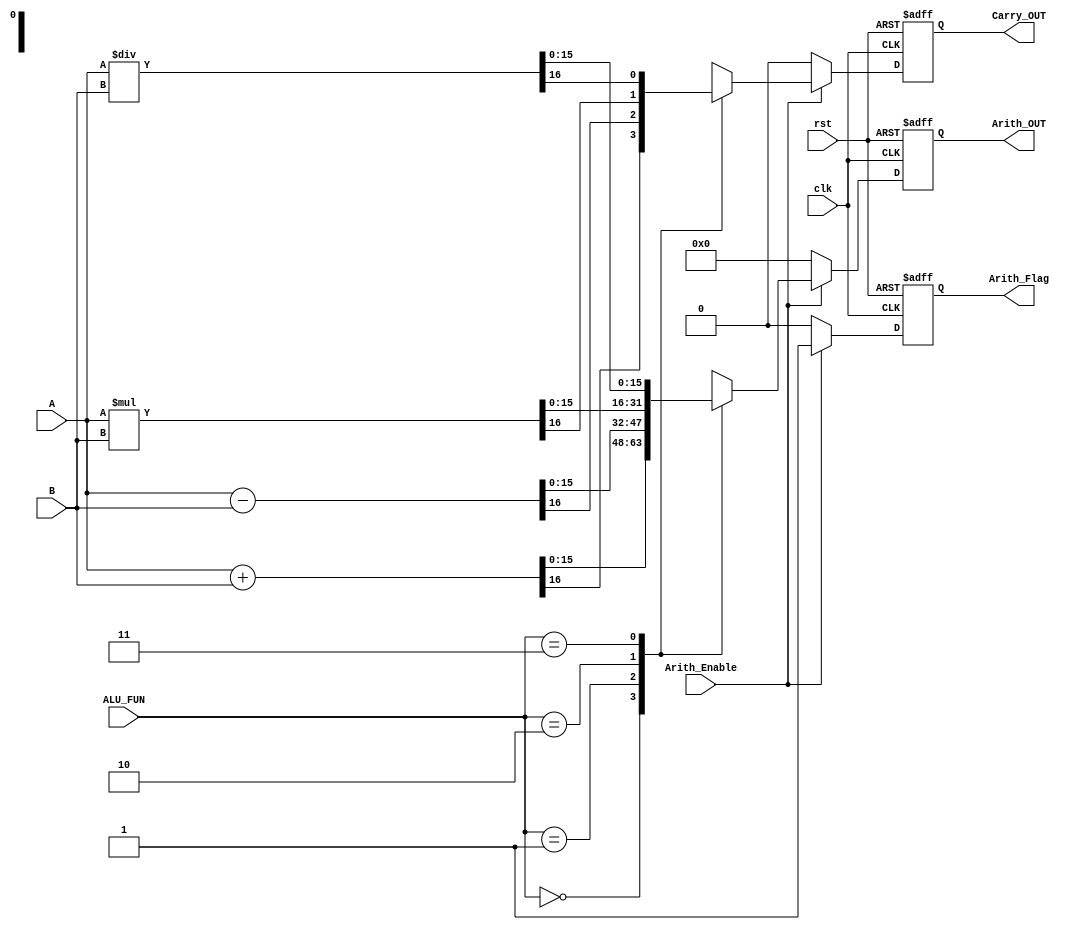
module ARITHMATIC_UNIT #(parameter width = 16)(
    input [width - 1:0] A,
    input [width - 1:0] B,
    input [1:0] ALU_FUN,
    input clk,rst,
    input Arith_Enable,
    output reg [width - 1:0] Arith_OUT,
    output reg Carry_OUT,
    output reg Arith_Flag
    );
    always@(posedge clk or negedge rst) begin
        if (!rst) begin
            Arith_OUT <= 0;
            Arith_Flag <= 0;
            Carry_OUT <= 0;        
        end
        else if (Arith_Enable) begin
            Arith_OUT <= 0;
            Carry_OUT <= 0;
            Arith_Flag <= 1;
            case (ALU_FUN)
                2'b00:
                begin
                    {Carry_OUT,Arith_OUT} <= A+B;
                end
                2'b01:
                begin
                    {Carry_OUT,Arith_OUT} <= A-B;
                end
                2'b10:
                begin
                    {Carry_OUT,Arith_OUT} <= A*B;
                end                
                2'b11:
                begin
                    {Carry_OUT,Arith_OUT} <= A/B;
                end                
            endcase
        end
        else begin
            Arith_OUT <= 0;
            Arith_Flag <= 0;
            Carry_OUT <= 0;            
        end
    end
    
endmodule